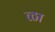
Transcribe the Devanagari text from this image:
ळा